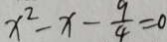
x ^ { 2 } - x - \frac { 9 } { 4 } = 0